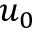
u _ { 0 }